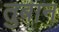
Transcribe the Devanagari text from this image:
तुबान